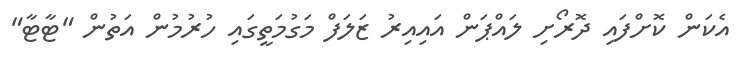
އެކަން ކޮށްފައި ދޮރޯށި ލައްޕަން އައިއިރު ޒަލަފް މަގުމަތީގައި ހުރުމުން އަތުން "ޓާޓާ"